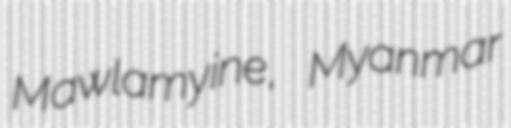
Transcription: Mawlamyine, Myanmar